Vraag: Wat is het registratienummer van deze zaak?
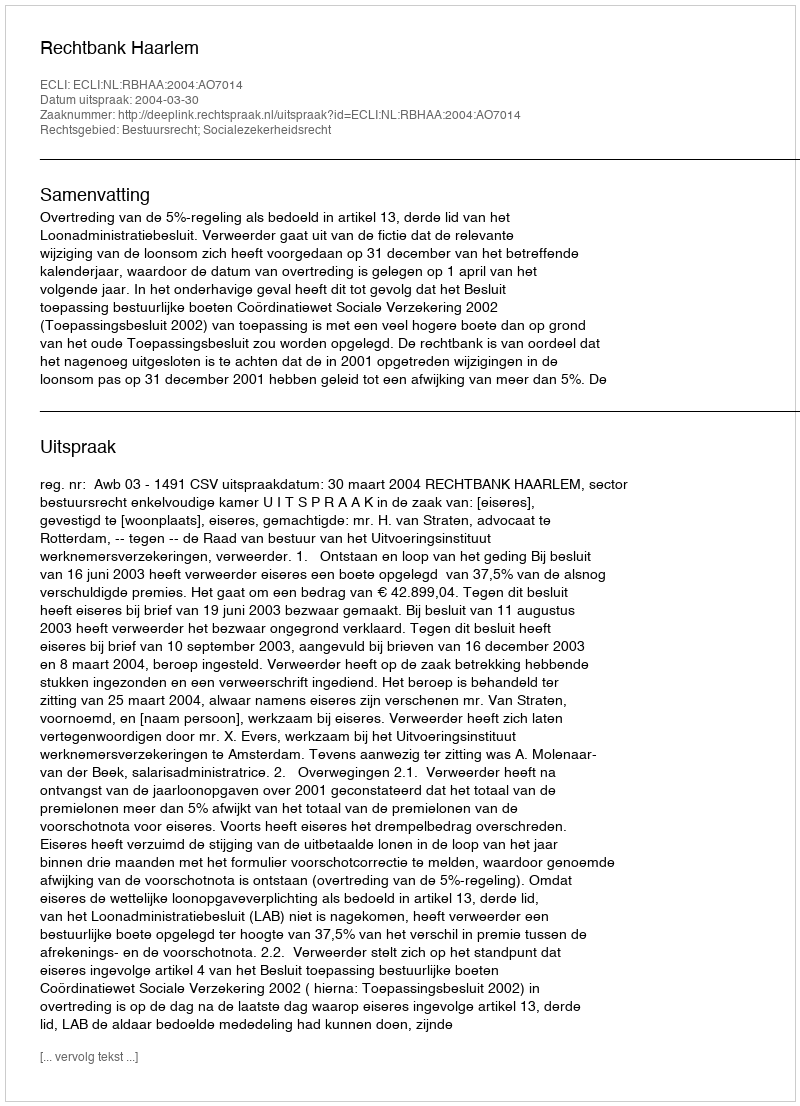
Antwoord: http://deeplink.rechtspraak.nl/uitspraak?id=ECLI:NL:RBHAA:2004:AO7014